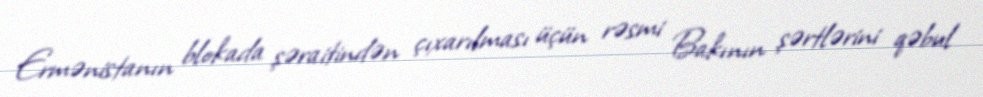
Ermənistanın blokada şəraitindən çıxarılması üçün rəsmi Bakının şərtlərini qəbul